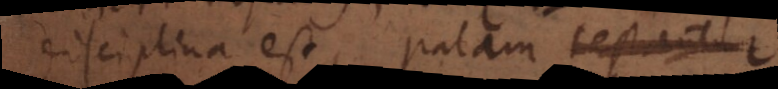
disciplina est, palam testantur